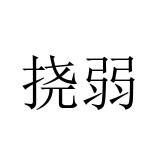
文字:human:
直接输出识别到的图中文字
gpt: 挠弱